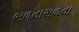
ભળતાસળતા